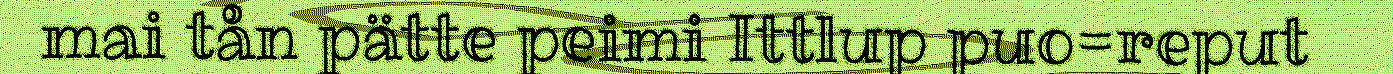
mai tån pätte peimi Ittlup puo=reput